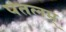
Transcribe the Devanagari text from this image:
पंतलम्